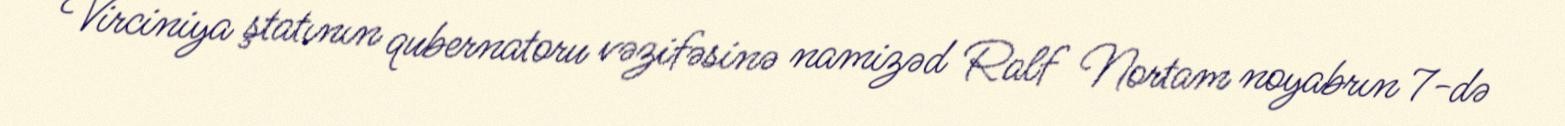
Virciniya ştatının qubernatoru vəzifəsinə namizəd Ralf Nortam noyabrın 7-də